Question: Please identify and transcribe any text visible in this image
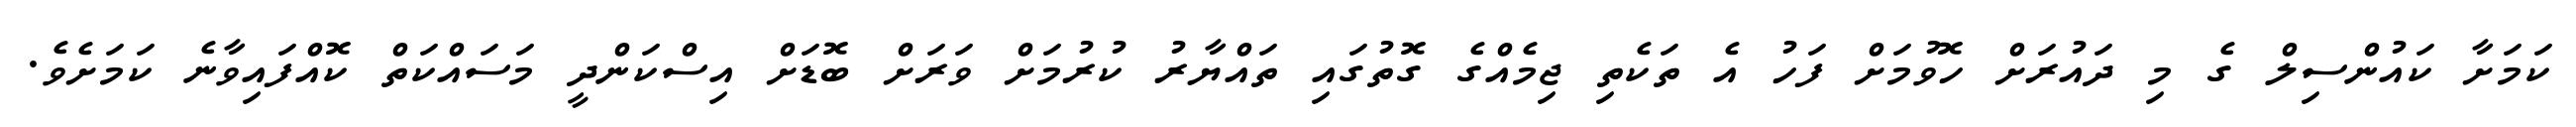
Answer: ކަމަށާ ކައުންސިލް ގެ މި ދައުރަށް ހޮވުމަށް ފަހު އެ ތަކެތި ޖިމެއްގެ ގޮތުގައި ތައްޔާރު ކުރުމަށް ވަރަށް ބޮޑަށް އިސްކަންދީ މަސައްކަތް ކޮއްފައިވާނެ ކަމަށެވެ.